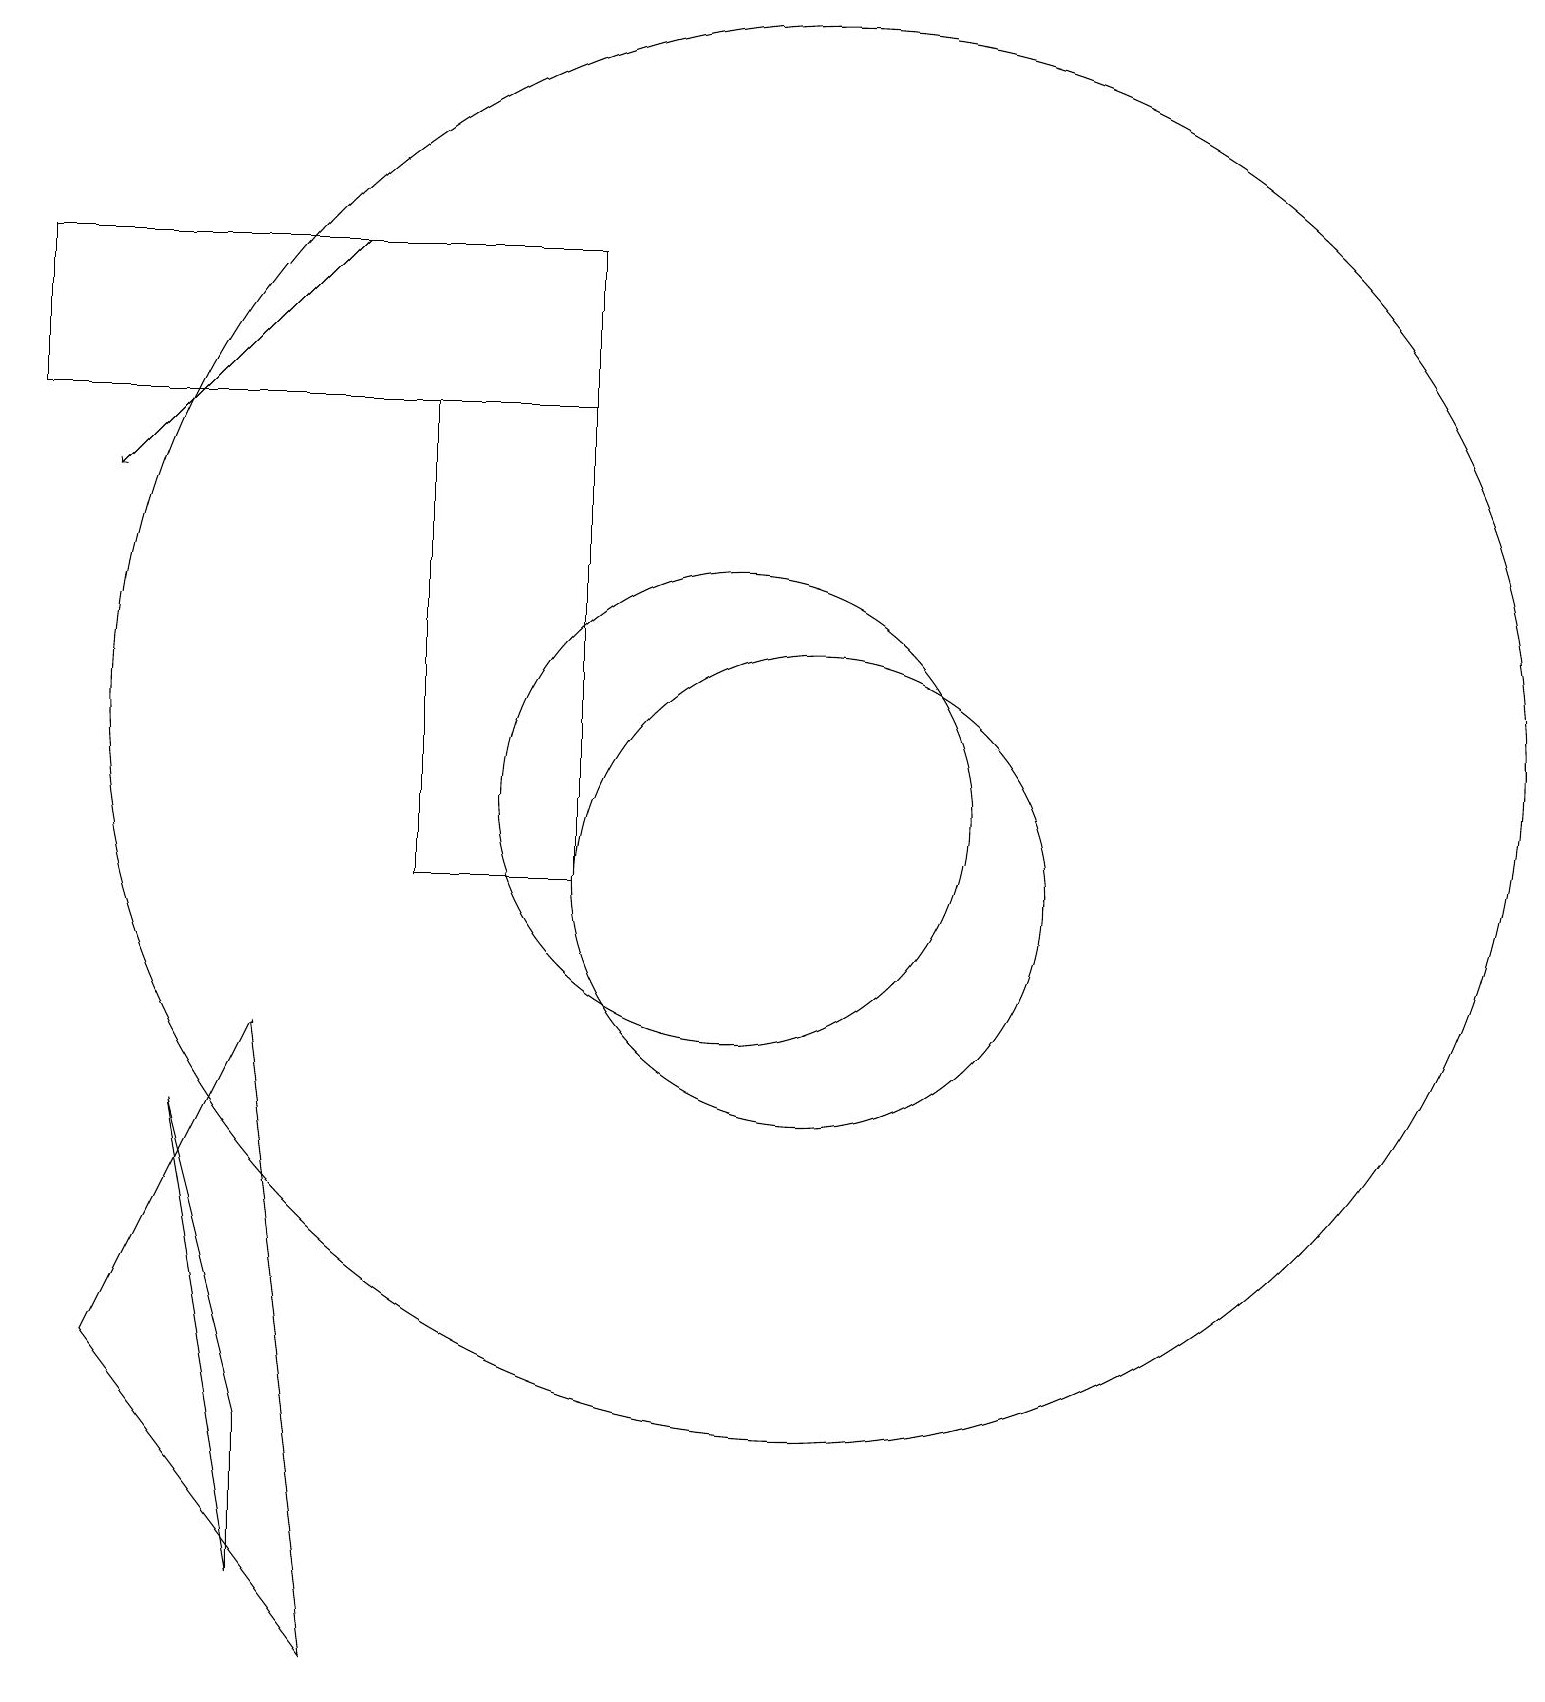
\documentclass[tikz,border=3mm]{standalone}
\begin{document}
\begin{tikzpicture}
\draw (12,12) circle (9);
\draw[->] (6,18) -- (3,15);
\draw (11,11) circle (3);
\draw (2,16) rectangle (9,18);
\draw (7,16) rectangle (9,10);
\draw (12,10) circle (3);
\draw (5,3) -- (5,1) -- (4,7) -- cycle;
\draw (6,0) -- (3,4) -- (5,8) -- cycle;
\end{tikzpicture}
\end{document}